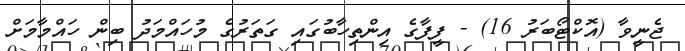
ޖެނީވާ (އޮކްޓޯބަރު 16) - ފީފާގެ އިންތިހާބުގައި ގަތަރުގެ މުހައްމަދު ބިން ހައްމާމަށް